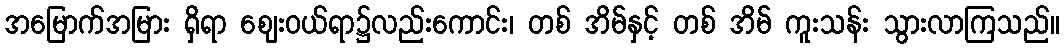
အမြောက်အမြား ရှိရာ ဈေးဝယ်ရာ၌လည်းကောင်း၊ တစ် အိမ်နှင့် တစ် အိမ် ကူးသန်း သွားလာကြသည်။